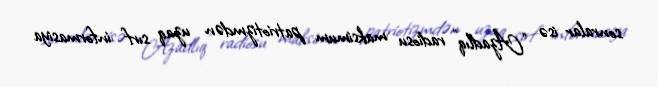
sonralar isə “Azadlıq” radiosu maksimum patriotizmdən uzaq sırf informasiya